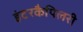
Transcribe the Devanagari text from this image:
इंटरकैपिलरी